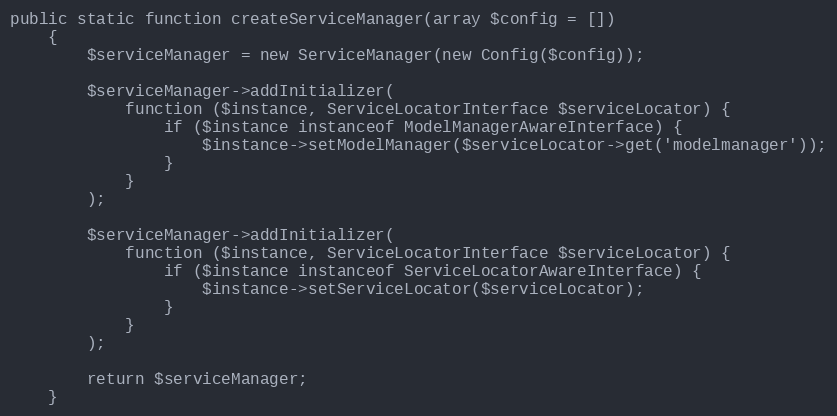
Language: PHP
public static function createServiceManager(array $config = [])
    {
        $serviceManager = new ServiceManager(new Config($config));

        $serviceManager->addInitializer(
            function ($instance, ServiceLocatorInterface $serviceLocator) {
                if ($instance instanceof ModelManagerAwareInterface) {
                    $instance->setModelManager($serviceLocator->get('modelmanager'));
                }
            }
        );

        $serviceManager->addInitializer(
            function ($instance, ServiceLocatorInterface $serviceLocator) {
                if ($instance instanceof ServiceLocatorAwareInterface) {
                    $instance->setServiceLocator($serviceLocator);
                }
            }
        );

        return $serviceManager;
    }